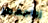
زواجهما